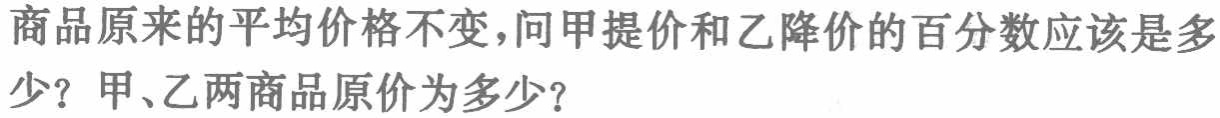
商品原来的平均价格不变，问甲提价和乙降价的百分数应该是多少？甲、乙两商品原价为多少？